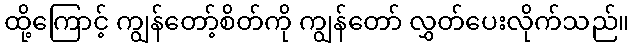
ထို့ကြောင့် ကျွန်တော့်စိတ်ကို ကျွန်တော် လွှတ်ပေးလိုက်သည်။